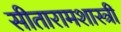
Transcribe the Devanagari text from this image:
सीतारामशास्त्रीं